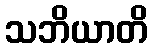
သဘိယာတိ